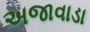
અજાવાડા